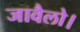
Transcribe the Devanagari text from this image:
जावैलो।